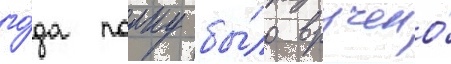
го́да полку бы́ло вручено́